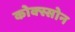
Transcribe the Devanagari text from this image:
कोक्स्सोन